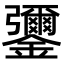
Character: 䥸